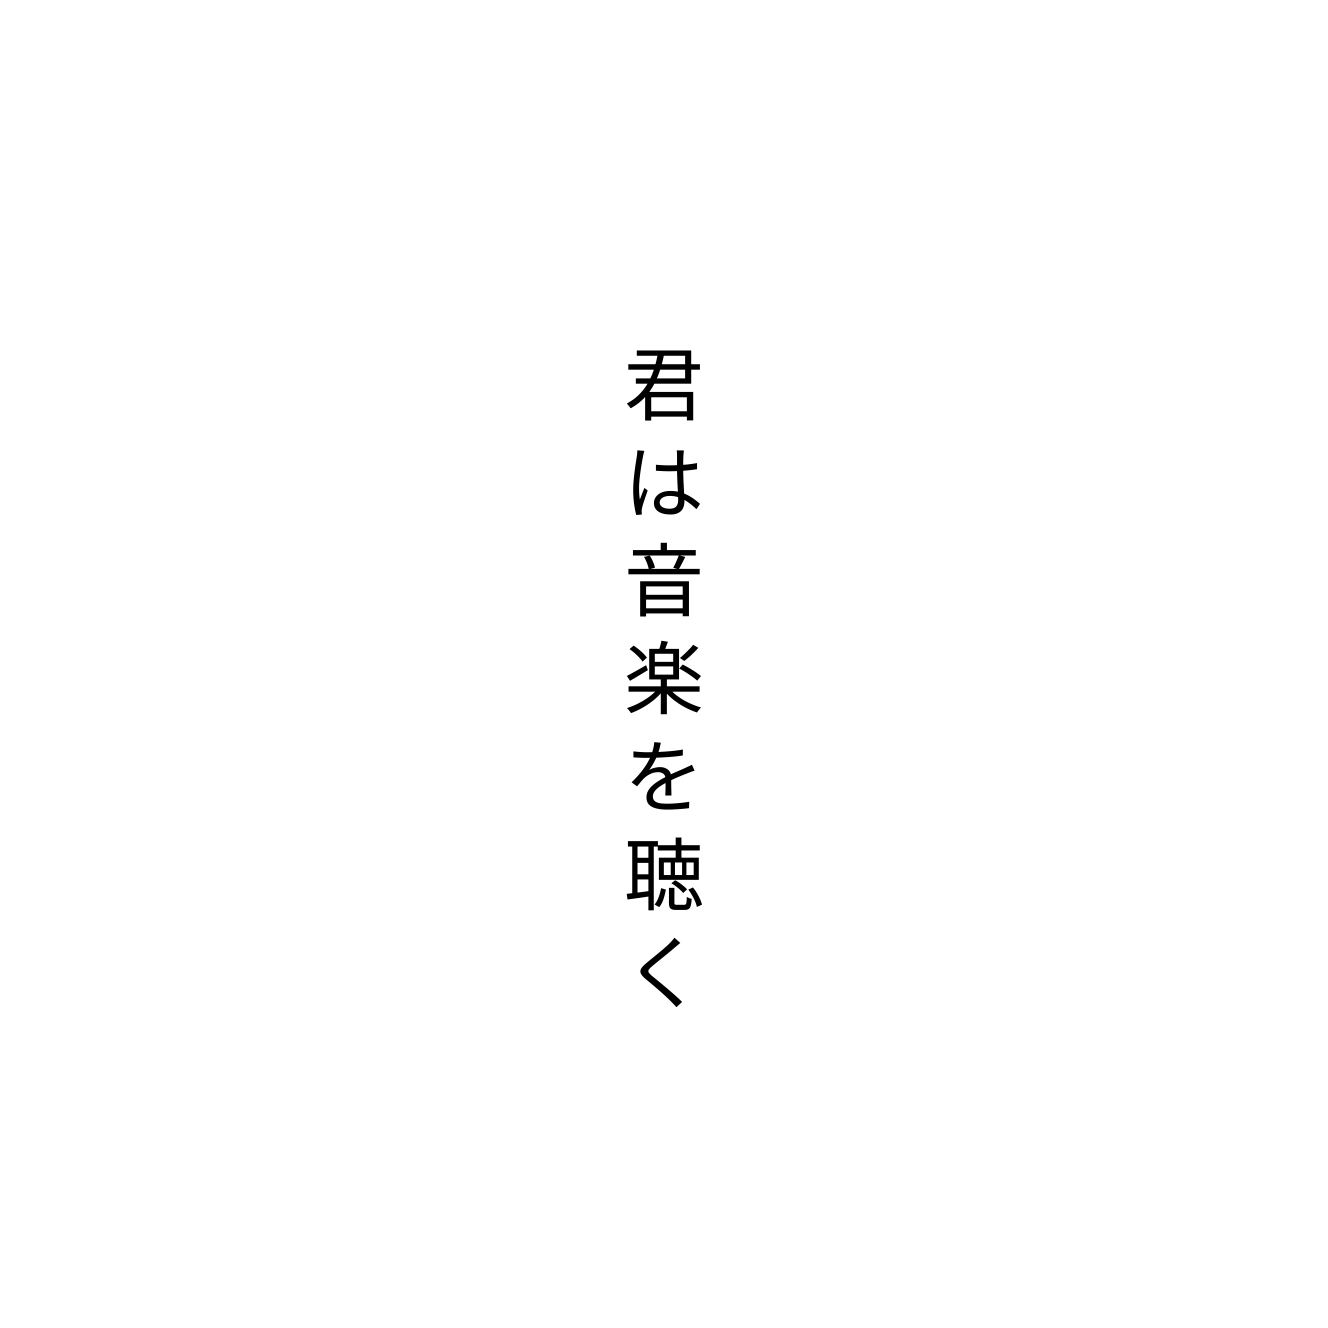
君は音楽を聴く